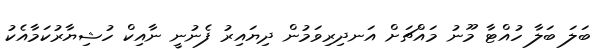
ބަލަ ބަލާ ހުއްޓާ މޫނު މައްޗަށް އަނދިރިވަމުން ދިޔައިރު ފެނުނީ ނާއިކް ހުޝިޔާރުކަމާއެކު